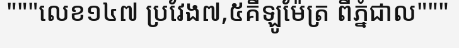
"""លេខ១៤៧ ប្រវែង៧,៥គីឡូម៉ែត្រ ពីភ្នំជាល"""